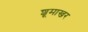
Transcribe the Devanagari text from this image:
शूमाखर